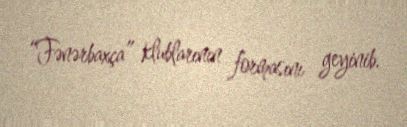
“Fənərbaxça” klublarının formasını geyinib.